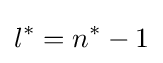
l^{*}=n^{*}-1